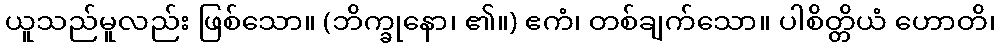
ယူသည်မူလည်း ဖြစ်သော။ (ဘိက္ခုနော၊ ၏။) ဧကံ၊ တစ်ချက်သော။ ပါစိတ္တိယံ ဟောတိ၊